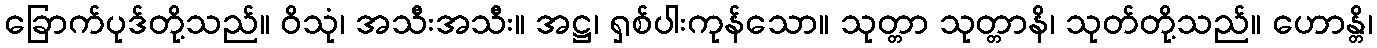
ခြောက်ပုဒ်တို့သည်။ ဝိသုံ၊ အသီးအသီး။ အဋ္ဌ၊ ရှစ်ပါးကုန်သော။ သုတ္တာ သုတ္တာနိ၊ သုတ်တို့သည်။ ဟောန္တိ၊